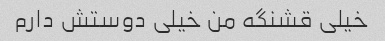
خیلی قشنگه من خیلی دوستش دارم